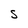
Character: S